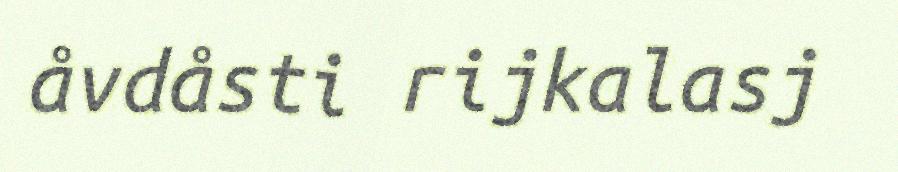
åvdåsti rijkalasj